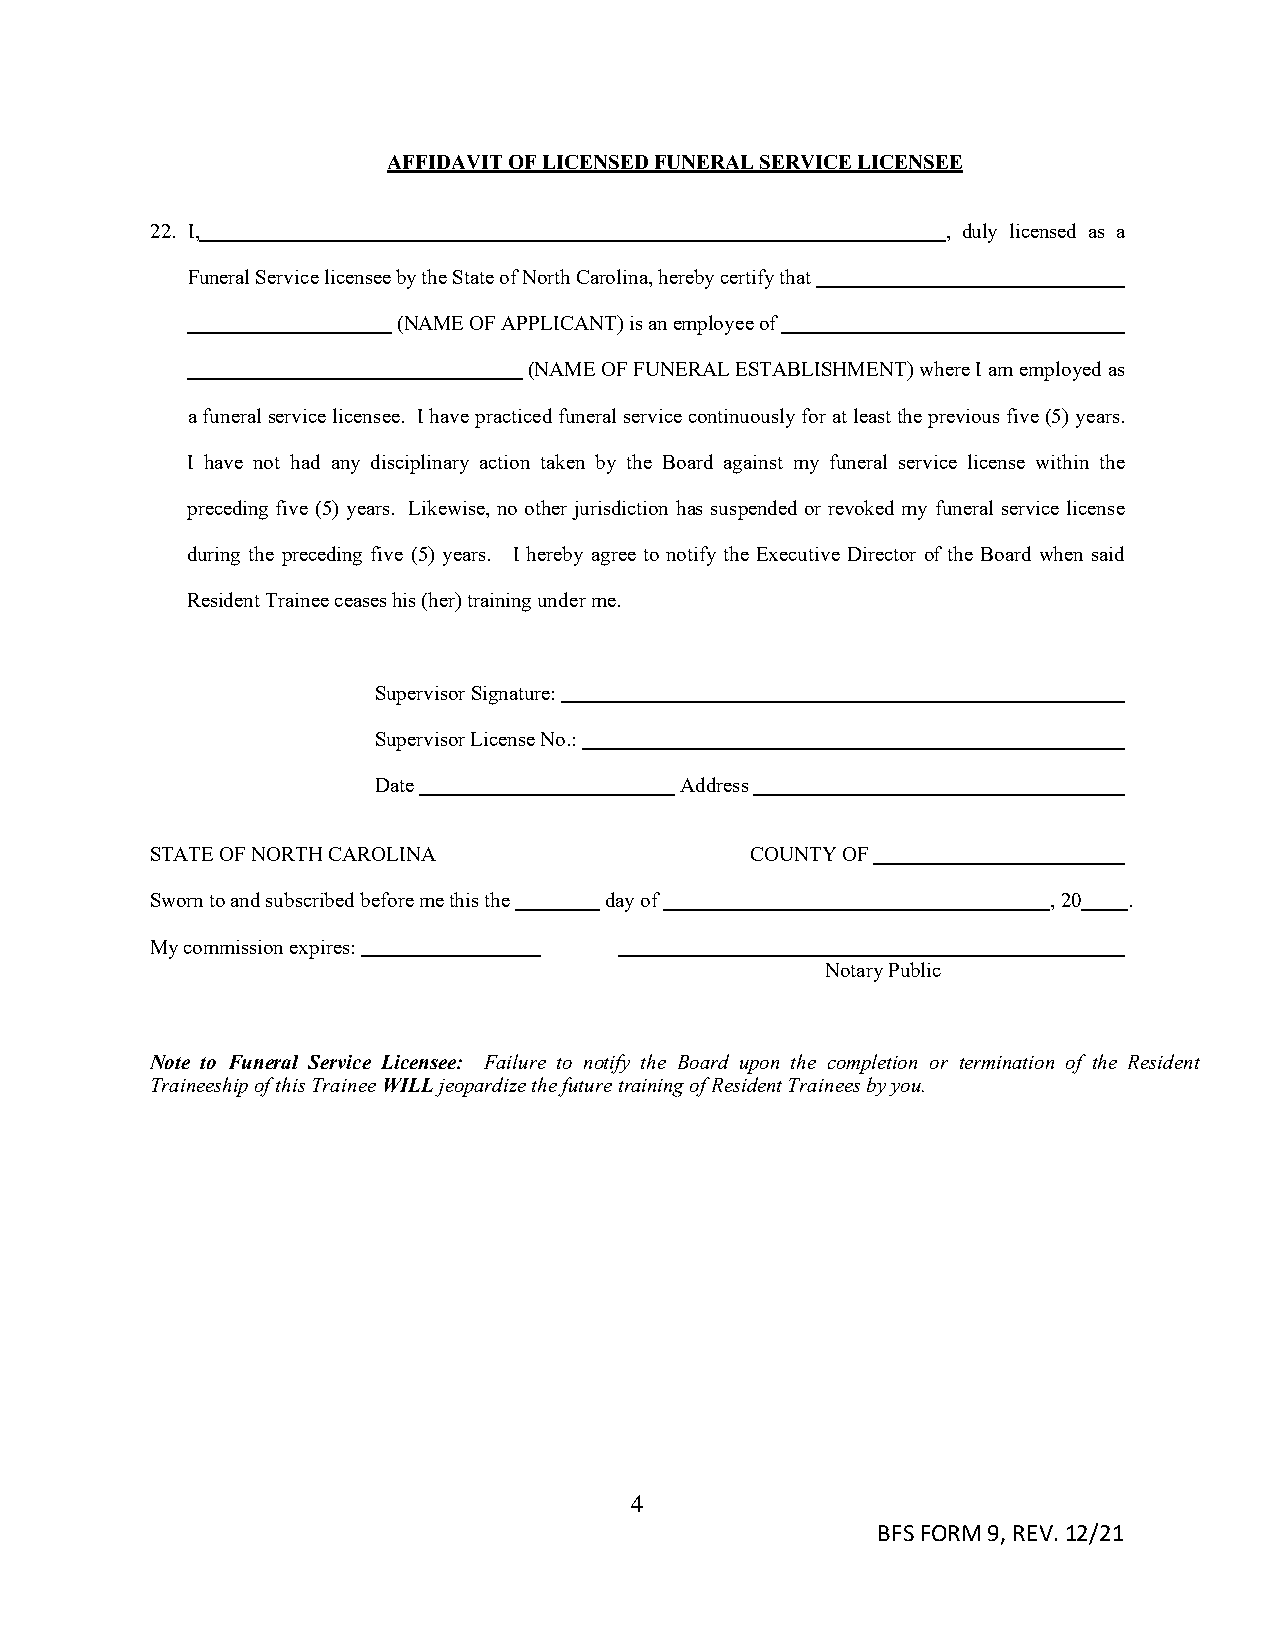
AFFIDAVIT OF LICENSED FUNERAL SERVICE LICENSEE
 22. I,                                               , duly licensed as a
 Funeral Service licensee by the State of North Carolina, hereby certify that
 (NAME OF APPLICANT) is an employee of
 (NAME OF FUNERAL ESTABLISHMENT) where I am employed as
 a funeral service licensee. I have practiced funeral service continuously for at least the previous five (5) years.
 I have not had any disciplinary action taken by the Board against my funeral service license within the
 preceding five (5) years. Likewise, no other jurisdiction has suspended or revoked my funeral service license
 during the preceding five (5) years. I hereby agree to notify the Executive Director of the Board when said
 Resident Trainee ceases his (her) training under me.
 Supervisor Signature:
 Supervisor License No.:
 Date                Address
 STATE OF NORTH CAROLINA                 COUNTY OF
 Sworn to and subscribed before me this the day of           , 20 .
 My commission expires:
 Notary Public
 Note to Funeral Service Licensee: Failure to notify the Board upon the completion or termination of the Resident
 Traineeship of this Trainee WILL jeopardize the future training of Resident Trainees by you.
 4
 BFS FORM 9, REV. 12/21